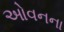
ઓવનના